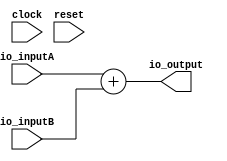
module SIGNED_ADD_W16(
  input         clock,
  input         reset,
  input  [15:0] io_inputA,
  input  [15:0] io_inputB,
  output [16:0] io_output
);
  assign io_output = $signed(io_inputA) + $signed(io_inputB); // @[SIGNED_ADD_W16.scala 12:26]
endmodule